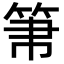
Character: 𥬬